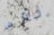
للأرض